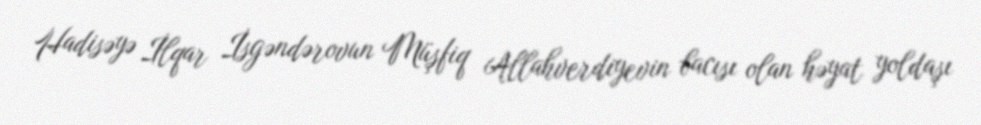
Hadisəyə İlqar İsgəndərovun Müşfiq Allahverdiyevin bacısı olan həyat yoldaşı